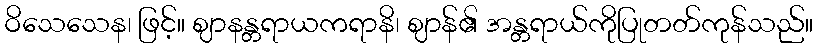
ဝိသေသေန၊ ဖြင့်။ ဈာနန္တရာယကရာနိ၊ ဈာန်၏ အန္တရာယ်ကိုပြုတတ်ကုန်သည်။